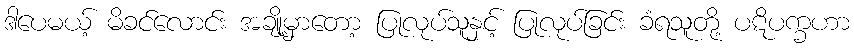
ဒါပေမယ့် မိခင်လောင်း အချို့မှာတော့ ပြုလုပ်သူနှင့် ပြုလုပ်ခြင်း ခံရသူတို့ ပဋိပက္ခဟာ